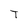
Character: T